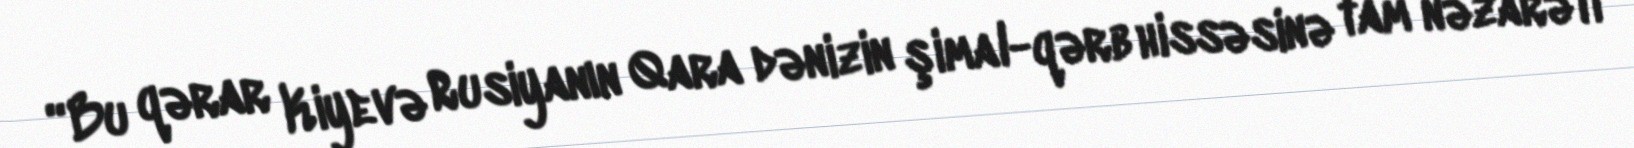
“Bu qərar Kiyevə Rusiyanın Qara dənizin şimal-qərb hissəsinə tam nəzarəti